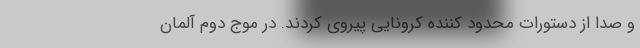
و صدا از دستورات محدود کننده کرونایی پیروی کردند. در موج دوم آلمان